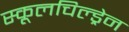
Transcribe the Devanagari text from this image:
स्कूलचिल्ड्रेन